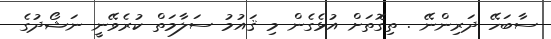
ސާބަހޭ ދަރިންނޭ . ތިގޮތަށް އުޅެގެން މި ޤައުމު ސަލާމަތް ކުރެވޭނީ ނަޝޯދުގެ